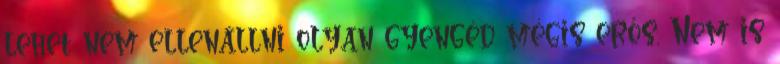
lehet nem ellenállni olyan gyengéd mégis erős. Nem is